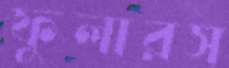
ফুলারস